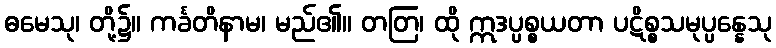
ဓမေသု၊ တို့၌။ ကင်္ခတိနာမ၊ မည်၏။ တတြ၊ ထို ဣဒပ္ပစ္စယတာ ပဋိစ္စသမုပ္ပန္နေသု